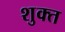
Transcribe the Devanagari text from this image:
शुक्त